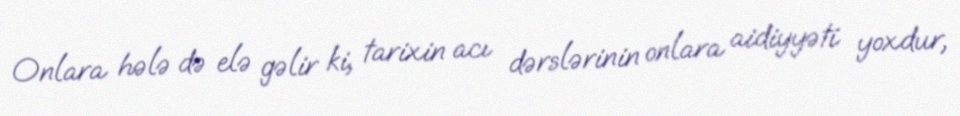
Onlara hələ də elə gəlir ki, tarixin acı dərslərinin onlara aidiyyəti yoxdur,